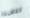
الخاطىء